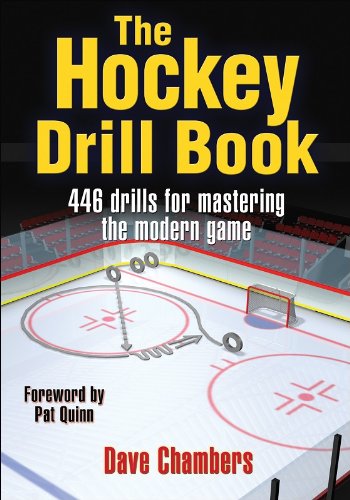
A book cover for The Hockey Drill Book (The Drill Book Series); Dave Chambers; Sports & Outdoors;